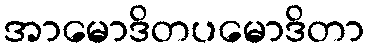
အာမောဒိတပမောဒိတာ